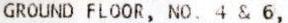
GROUND FLOOR, NO. 4 & 6,